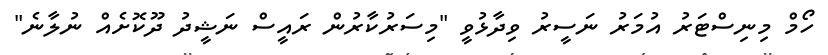
ހޯމް މިނިސްޓަރު އުމަރު ނަސީރު ވިދާޅުވީ "މިސަރުކާރުން ރައީސް ނަޝީދު ދޫކޮށެއް ނުލާނެ"